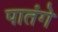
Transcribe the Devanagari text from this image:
पातंगे